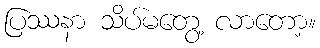
ပြဿနာ သိပ်မတွေ့ လာတော့။